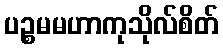
ပဉ္စမမဟာကုသိုလ်စိတ်